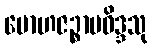
မောဟဇဉ္စာပဝိဒ္ဒသု